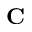
\mathrm { \bf C }